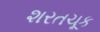
શરતચૂક